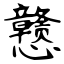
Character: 戆